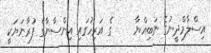
އިސްލާމްދީނުގެ ނަބިއްޔާ     ގެ އަރިހުގައި އިންސާނާގެ ފުރާނަޔަކީ